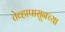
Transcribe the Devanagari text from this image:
तेव्हापासूनच्या